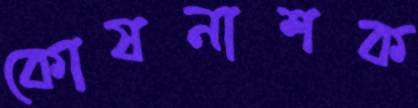
কোষনাশক